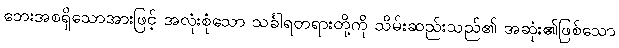
ဘေးအစရှိသောအားဖြင့် အလုံးစုံသော သင်္ခါရတရားတို့ကို သိမ်းဆည်းသည်၏ အဆုံး၏ဖြစ်သော